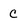
Character: C